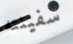
سفينته